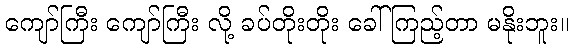
ကျော်ကြီး ကျော်ကြီး လို့ ခပ်တိုးတိုး ခေါ်ကြည့်တာ မနိုးဘူး။